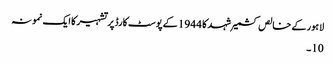
لاہور کے خالص کشمیر شہد کا 1944 کے پوسٹ کارڈ پر تشہیر کا ایک نمونہ
10۔